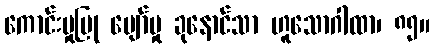
ကောင်းမှုပြု ပျော်မှု ခုနောင်သာ ဟူသောဂါထာ၊ ၈၅။